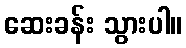
ဆေးခန်း သွားပါ။